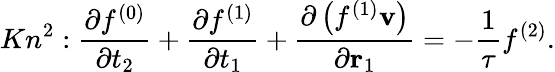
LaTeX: K{n^{2}}:\frac{{\partial{f^{(0)}}}}{{\partial{t_{2}}}}+\frac{{\partial{f^{(1)}}}}{{\partial{t_{1}}}}+\frac{{\partial\left({{f^{(1)}}{\mathbf{v}}}\right)}}{{\partial{{\mathbf{r}}_{1}}}}=-\frac{1}{\tau}{f^{(2)}}.